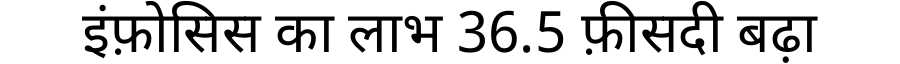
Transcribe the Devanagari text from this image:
इंफ़ोसिस का लाभ 36.5 फ़ीसदी बढ़ा